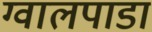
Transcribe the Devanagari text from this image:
ग्वालपाडा